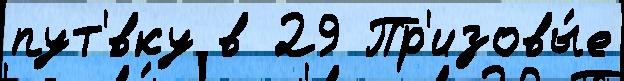
пут'́вку в 29 Пр'изовы́е